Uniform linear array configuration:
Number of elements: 24
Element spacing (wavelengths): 0.25
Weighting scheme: uniform
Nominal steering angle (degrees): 60
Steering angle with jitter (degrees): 59.274
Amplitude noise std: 0.05
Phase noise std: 0.05

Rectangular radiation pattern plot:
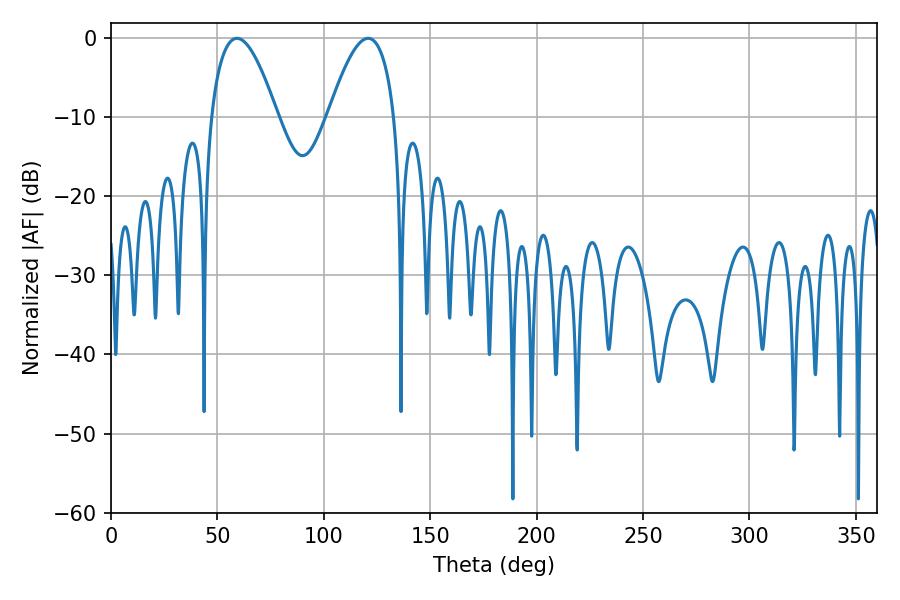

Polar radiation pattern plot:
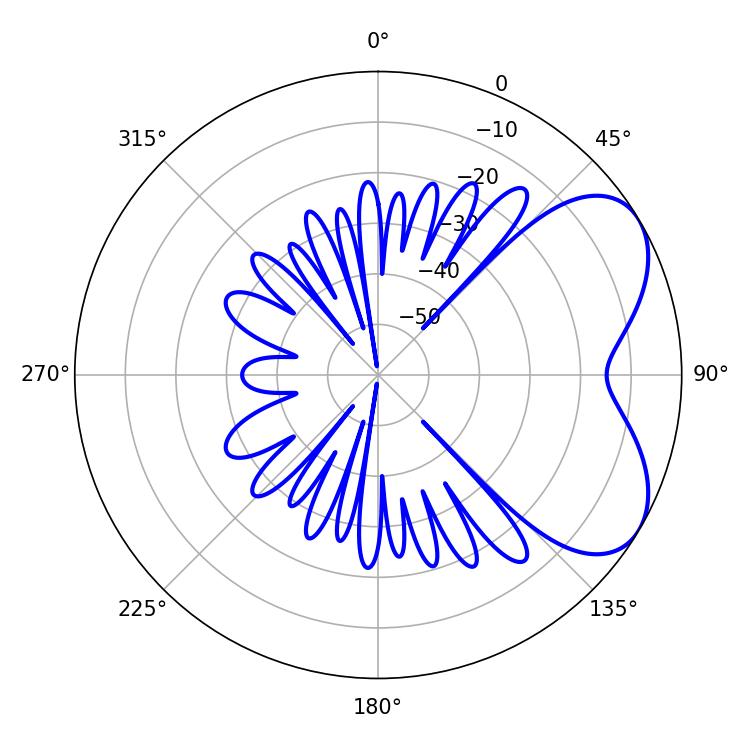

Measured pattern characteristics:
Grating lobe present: FALSE
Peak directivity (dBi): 5.439
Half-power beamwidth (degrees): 16.92
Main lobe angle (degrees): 59.22